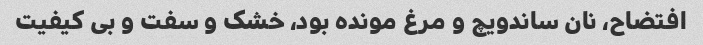
افتضاح، نان ساندویچ و مرغ مونده بود، خشک و سفت و بی کیفیت